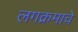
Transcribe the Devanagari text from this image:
लगक्रमाचे